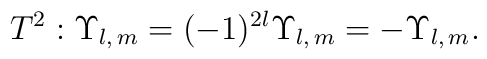
T^2 : \Upsilon_{l,\, m} =    (-1)^{2l} \Upsilon_{l,\, m} = - \Upsilon_{l,\, m}.